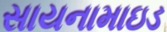
સાયનામાઇડ